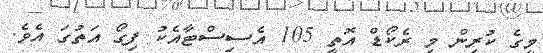
މީގެ ކުރިން މި ރެކޯޑް އޮތީ 105 އެސިސްޓާއެކު ފިގޯ އަތުގަ އެވެ.